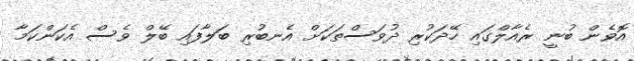
އޮވެން ބުނީ ރެއާލްގައި ހޭދަކުރި ދުވަސްތަކަށް އެނބުރި ބަލާފައި ބޭލް ވެސް އެކަންކަމާ